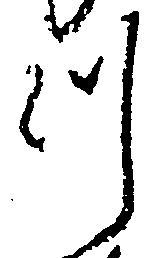
つ